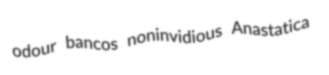
odour bancos noninvidious Anastatica